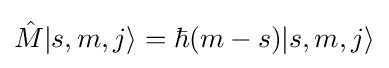
{\hat {M}}|s,m,j\rangle =\hbar (m-s)|s,m,j\rangle